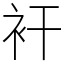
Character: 衦